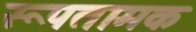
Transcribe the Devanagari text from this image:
रूपतामक